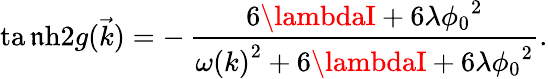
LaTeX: \operatorname{ta\mathfrak{n}h}\! {2g(\vec{{k}})}=-\, {\frac{{6\lambdaI+6\lambda{\phi_{0}}^{2}}}{{{\omega(k)}^{2}+6\lambdaI+6\lambda{\phi_{0}}^{2}}}}.